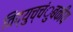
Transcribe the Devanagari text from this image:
विद्युच्चंुबकीय